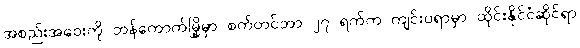
အစည်းအဝေးကို ဘန်ကောက်မြို့မှာ စက်တင်ဘာ ၂၇ ရက်က ကျင်းပရာမှာ ထိုင်းနိုင်ငံဆိုင်ရာ